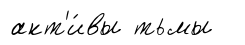
акт'и́вы тьмы